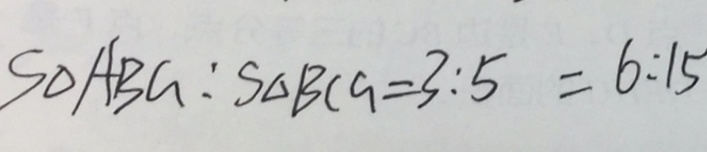
S _ { \Delta A B G } : S _ { \Delta B C G } = 3 : 5 = 6 : 1 5